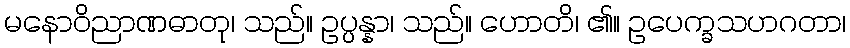
မနောဝိညာဏဓာတု၊ သည်။ ဥပ္ပန္နာ၊ သည်။ ဟောတိ၊ ၏။ ဥပေက္ခသဟဂတာ၊